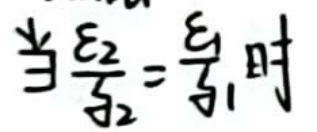
当\(\frac{\varepsilon_2}{\varepsilon_1}=\frac{1}{3}\)时